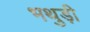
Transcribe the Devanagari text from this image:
भथुड़ी